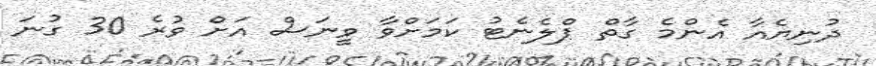
ދުނިޔެއާ އެންމެ ގާތް ޕްލެނެޓު ކަމަށްވާ ވީނަސް އަށް ވުރެ 30 ގުނަ